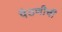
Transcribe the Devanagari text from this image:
पैठणीची